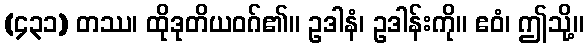
(၄၃၁) တဿ၊ ထိုဒုတိယဝဂ်၏။ ဥဒါနံ၊ ဥဒါန်းကို။ ဧဝံ၊ ဤသို့။